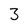
Character: 3